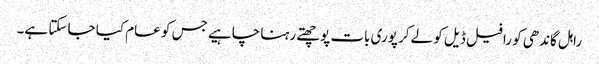
راہل گاندھی کو رافیل ڈیل کو لےکر پوری بات پوچھتے رہنا چاہیے جس کو عام کیا جا سکتا ہے۔